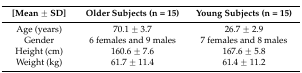
<table><thead><tr><td><b>[Mean ± SD]</b></td><td><b>Older Subjects (n = 15)</b></td><td><b>Young Subjects (n = 15)</b></td></tr></thead><tbody><tr><td>Age (years)</td><td>70.1 ± 3.7</td><td>26.7 ± 2.9</td></tr><tr><td>Gender</td><td>6 females and 9 males</td><td>7 females and 8 males</td></tr><tr><td>Height (cm)</td><td>160.6 ± 7.6</td><td>167.6 ± 5.8</td></tr><tr><td>Weight (kg)</td><td>61.7 ± 11.4</td><td>61.4 ± 11.2</td></tr></tbody></table>